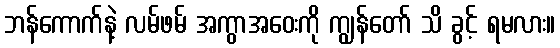
ဘန်ကောက်နဲ့ လမ်ဖမ် အကွာအဝေးကို ကျွန်တော် သိ ခွင့် ရမလား။